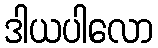
ဒါယပါလော